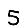
Digit: 5